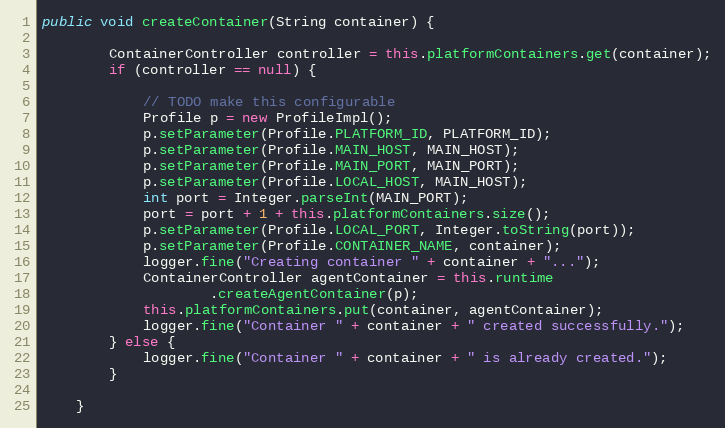
Language: Java
public void createContainer(String container) {

        ContainerController controller = this.platformContainers.get(container);
        if (controller == null) {

            // TODO make this configurable
            Profile p = new ProfileImpl();
            p.setParameter(Profile.PLATFORM_ID, PLATFORM_ID);
            p.setParameter(Profile.MAIN_HOST, MAIN_HOST);
            p.setParameter(Profile.MAIN_PORT, MAIN_PORT);
            p.setParameter(Profile.LOCAL_HOST, MAIN_HOST);
            int port = Integer.parseInt(MAIN_PORT);
            port = port + 1 + this.platformContainers.size();
            p.setParameter(Profile.LOCAL_PORT, Integer.toString(port));
            p.setParameter(Profile.CONTAINER_NAME, container);
            logger.fine("Creating container " + container + "...");
            ContainerController agentContainer = this.runtime
                    .createAgentContainer(p);
            this.platformContainers.put(container, agentContainer);
            logger.fine("Container " + container + " created successfully.");
        } else {
            logger.fine("Container " + container + " is already created.");
        }

    }